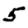
Digit: 5